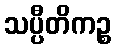
သပ္ပီတိကဉ္စ